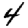
Digit: 4